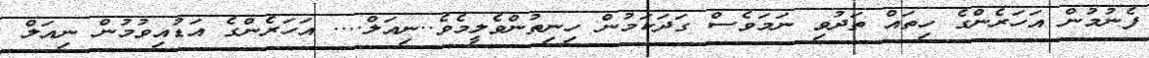
ފެނުމުން އަހަރެންގެ ހިތައް ތަދުވި ނަމަވެސް ގަދަކަމުން ހިނިތުންވެލީމެވެ..ނިއަލް.... އަހަރެންގެ އަޑުއިވުމުން ނިއަލް